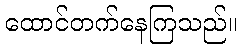
ထောင်တက်နေကြသည်။